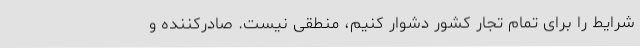
شرایط را برای تمام تجار کشور دشوار کنیم، منطقی نیست. صادرکننده و